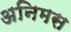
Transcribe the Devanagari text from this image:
अनिमस